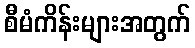
စီမံကိန်းများအတွက်